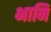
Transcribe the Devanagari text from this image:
भानि